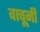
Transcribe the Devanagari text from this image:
वाचूनी